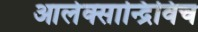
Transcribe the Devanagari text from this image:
आलेक्सान्द्रिविच